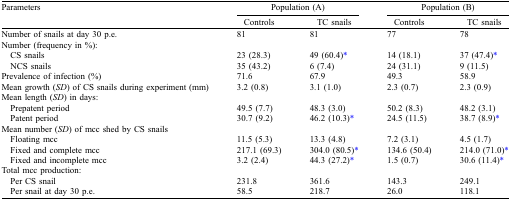
<table><thead><tr><td><b>Parameters</b></td><td colspan="2"><b>Population (A)</b></td><td colspan="2"><b>Population (B)</b></td></tr><tr><td></td><td><b>Controls</b></td><td><b>TC snails</b></td><td><b>Controls</b></td><td><b>TC snails</b></td></tr></thead><tbody><tr><td>Number of snails at day 30 p.e.</td><td>81</td><td>81</td><td>77</td><td>78</td></tr><tr><td colspan="5">Number (frequency in %):</td></tr><tr><td> CS snails</td><td>23 (28.3)</td><td>49 (60.4)*</td><td>14 (18.1)</td><td>37 (47.4)*</td></tr><tr><td> NCS snails </td><td>35 (43.2)</td><td>6 (7.4)</td><td>24 (31.1)</td><td>9 (11.5)</td></tr><tr><td>Prevalence of infection (%)</td><td>71.6</td><td>67.9</td><td>49.3</td><td>58.9</td></tr><tr><td>Mean growth (<i>SD</i>) of CS snails during experiment (mm)</td><td>3.2 (0.8)</td><td>3.1 (1.0)</td><td>2.3 (0.7)</td><td>2.3 (0.9)</td></tr><tr><td colspan="5">Mean length (<i>SD</i>) in days:</td></tr><tr><td> Prepatent period</td><td>49.5 (7.7)</td><td>48.3 (3.0)</td><td>50.2 (8.3)</td><td>48.2 (3.1)</td></tr><tr><td> Patent period</td><td>30.7 (9.2)</td><td>46.2 (10.3)*</td><td>24.5 (11.5)</td><td>38.7 (8.9)*</td></tr><tr><td colspan="5">Mean number (<i>SD</i>) of mcc shed by CS snails</td></tr><tr><td> Floating mcc</td><td>11.5 (5.3)</td><td>13.3 (4.8)</td><td>7.2 (3.1)</td><td>4.5 (1.7)</td></tr><tr><td> Fixed and complete mcc</td><td>217.1 (69.3)</td><td>304.0 (80.5)*</td><td>134.6 (50.4)</td><td>214.0 (71.0)*</td></tr><tr><td> Fixed and incomplete mcc </td><td>3.2 (2.4)</td><td>44.3 (27.2)*</td><td>1.5 (0.7)</td><td>30.6 (11.4)*</td></tr><tr><td colspan="5">Total mcc production:</td></tr><tr><td> Per CS snail</td><td>231.8</td><td>361.6</td><td>143.3</td><td>249.1</td></tr><tr><td> Per snail at day 30 p.e.</td><td>58.5</td><td>218.7</td><td>26.0</td><td>118.1</td></tr></tbody></table>